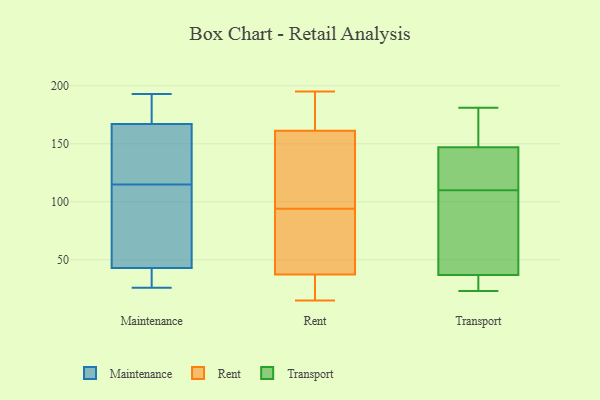
{"axis": {"x": "Revenue (USD Million)", "y": "Value"}, "legend": ["Maintenance", "Rent", "Transport"], "data": [{"x": "", "y": 43, "type": "Maintenance"}, {"x": "", "y": 193, "type": "Maintenance"}, {"x": "", "y": 120, "type": "Maintenance"}, {"x": "", "y": 41, "type": "Maintenance"}, {"x": "", "y": 26, "type": "Maintenance"}, {"x": "", "y": 121, "type": "Maintenance"}, {"x": "", "y": 188, "type": "Maintenance"}, {"x": "", "y": 39, "type": "Maintenance"}, {"x": "", "y": 110, "type": "Maintenance"}, {"x": "", "y": 26, "type": "Maintenance"}, {"x": "", "y": 171, "type": "Maintenance"}, {"x": "", "y": 70, "type": "Maintenance"}, {"x": "", "y": 167, "type": "Maintenance"}, {"x": "", "y": 179, "type": "Maintenance"}, {"x": "", "y": 121, "type": "Maintenance"}, {"x": "", "y": 107, "type": "Maintenance"}, {"x": "", "y": 103, "type": "Maintenance"}, {"x": "", "y": 134, "type": "Maintenance"}, {"x": "", "y": 140, "type": "Rent"}, {"x": "", "y": 44, "type": "Rent"}, {"x": "", "y": 15, "type": "Rent"}, {"x": "", "y": 195, "type": "Rent"}, {"x": "", "y": 123, "type": "Rent"}, {"x": "", "y": 29, "type": "Rent"}, {"x": "", "y": 66, "type": "Rent"}, {"x": "", "y": 165, "type": "Rent"}, {"x": "", "y": 165, "type": "Rent"}, {"x": "", "y": 28, "type": "Rent"}, {"x": "", "y": 181, "type": "Rent"}, {"x": "", "y": 55, "type": "Rent"}, {"x": "", "y": 150, "type": "Rent"}, {"x": "", "y": 35, "type": "Rent"}, {"x": "", "y": 94, "type": "Rent"}, {"x": "", "y": 181, "type": "Transport"}, {"x": "", "y": 95, "type": "Transport"}, {"x": "", "y": 23, "type": "Transport"}, {"x": "", "y": 157, "type": "Transport"}, {"x": "", "y": 37, "type": "Transport"}, {"x": "", "y": 141, "type": "Transport"}, {"x": "", "y": 32, "type": "Transport"}, {"x": "", "y": 147, "type": "Transport"}, {"x": "", "y": 65, "type": "Transport"}, {"x": "", "y": 125, "type": "Transport"}]}